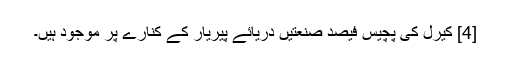
[4] کیرل کی پچیس فیصد صنعتیں دریائے پیریار کے کنارے پر موجود ہیں۔